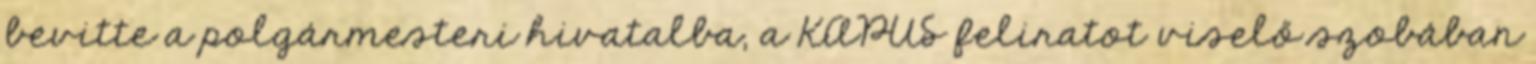
bevitte a polgármesteri hivatalba, a KAPUS feliratot viselő szobában